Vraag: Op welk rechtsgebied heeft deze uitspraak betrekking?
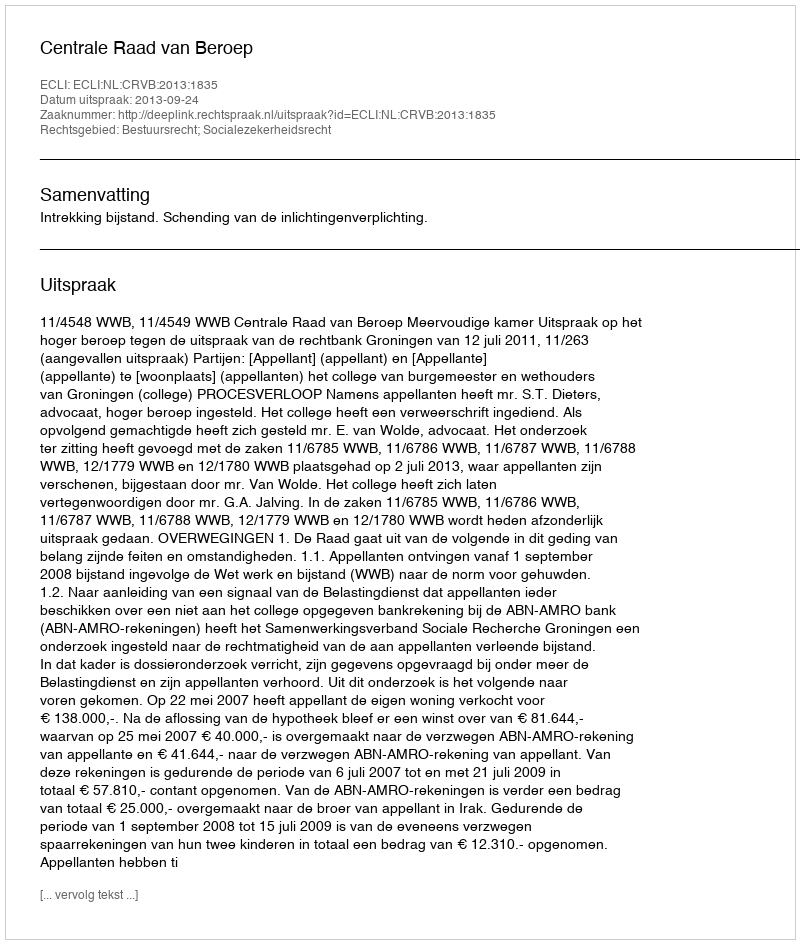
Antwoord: Bestuursrecht; Socialezekerheidsrecht